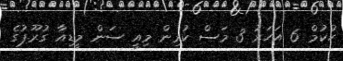
ހުކުމް 6 އަހަރު 3 މަސް ކުރިން މިއީ ސަން މީޑިއާ ގުރޫޕުގެ